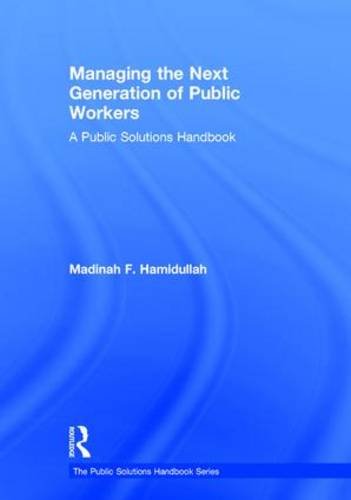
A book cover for Managing the Next Generation of Public Workers: A Public Solutions Handbook (The Public Solutions Handbook Series); Madinah F Hamidullah; Business & Money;